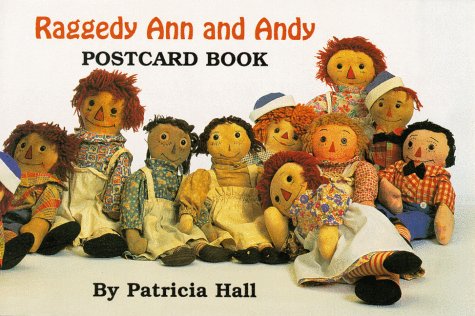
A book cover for Raggedy Ann and Andy Postcard Book; Patricia Hall; Crafts, Hobbies & Home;